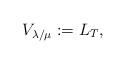
LaTeX: \begin{align*}V_{\lambda/\mu}:=L_T,\end{align*}